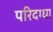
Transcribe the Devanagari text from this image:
परिदग्धा